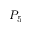
P _ { 5 }